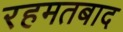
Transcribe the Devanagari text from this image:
रहमतबाद